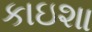
કાઇશા